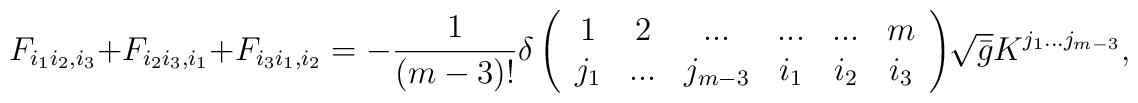
F_{i_1 i_2 , i_3} + F_{i_2 i_3 , i_1} + F_{i_3 i_1 , i_2} = - \frac{1}{(m-3)!} \delta \left( \begin{array}{cccccc} 1& 2& ...&...&...&m \\ j_1& ...& j_{m-3}& i_1& i_2& i_3 \end{array} \right)\hspace{-1mm}\sqrt{\bar{g}} K^{j_1 ... j_{m-3}} ,